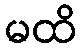
မထိ